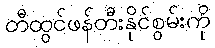
တီထွင်ဖန်တီးနိုင်စွမ်းကို